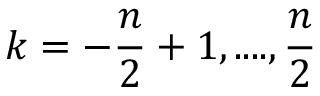
k = - \frac { n } { 2 } + 1 , . . . . , \frac { n } { 2 }